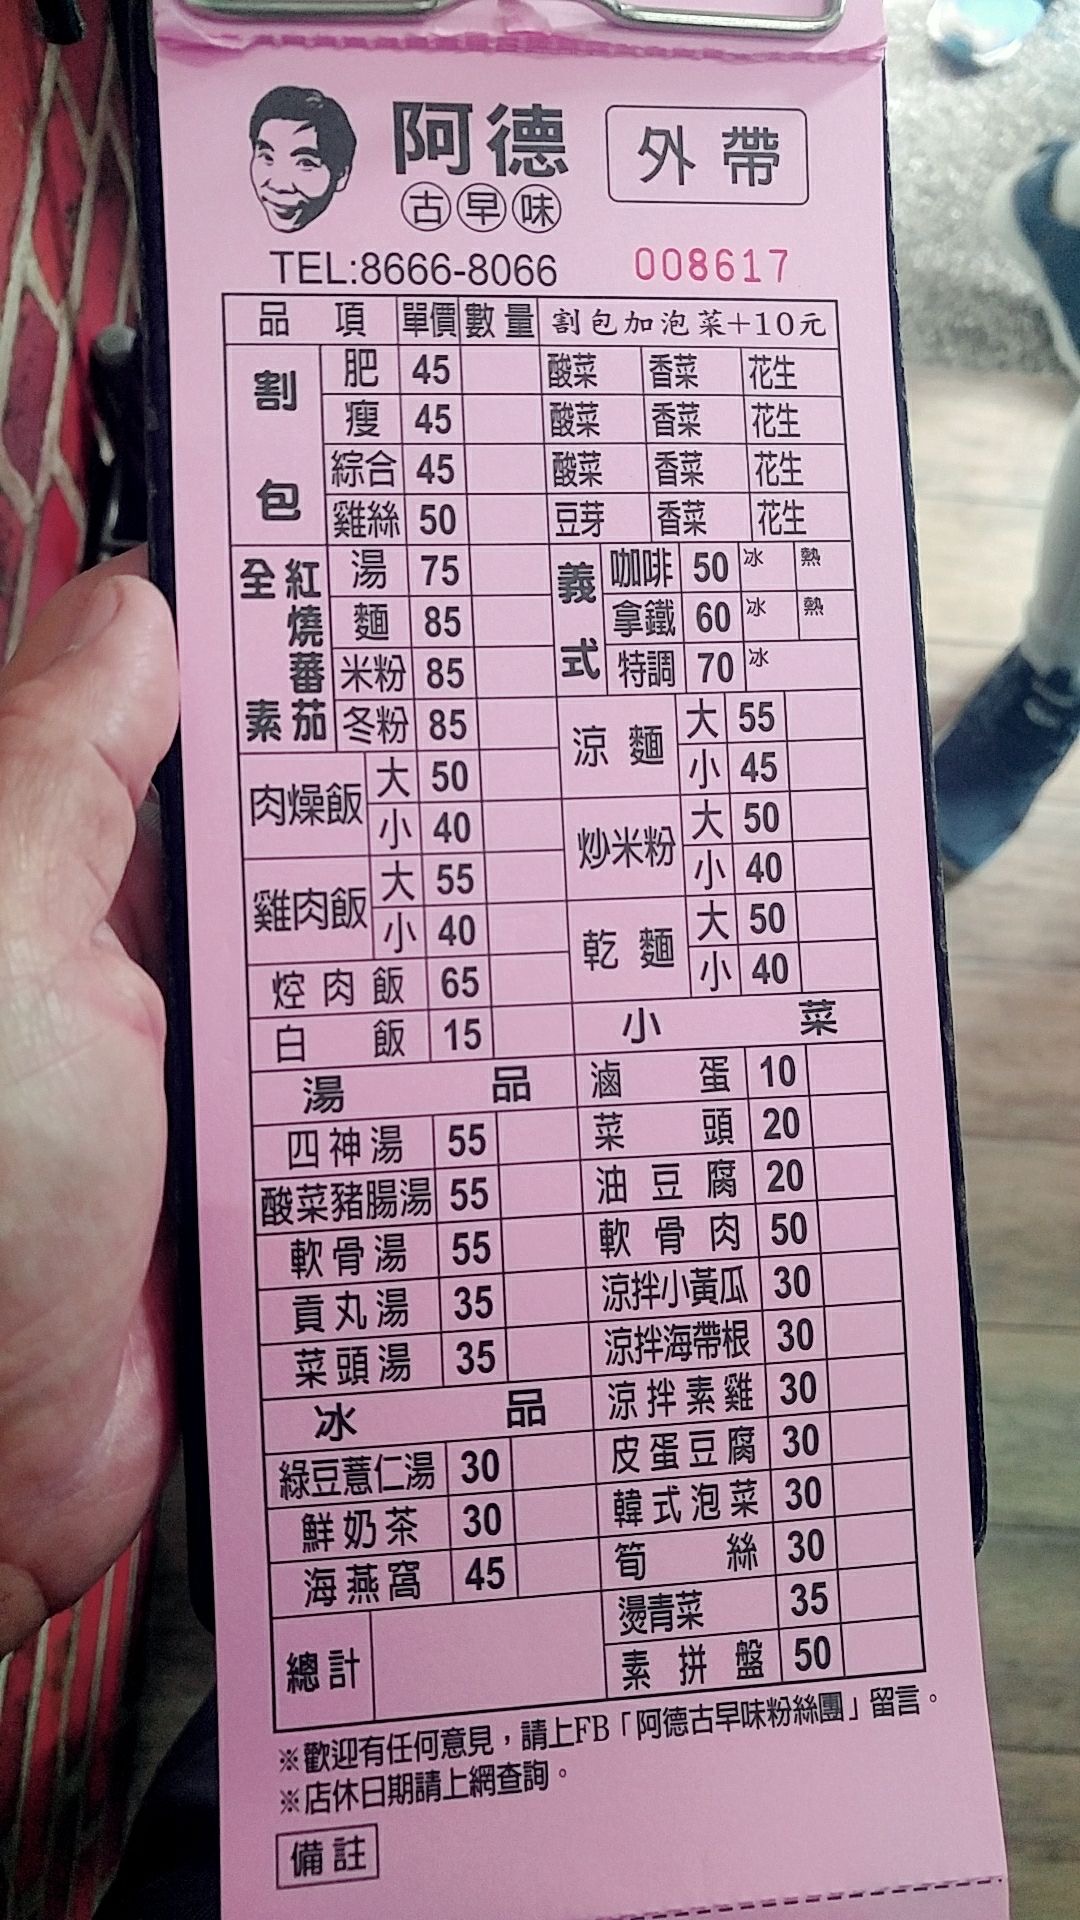
餐廳：阿德
電話：8666-8066
菜單：
name: 肥
price: 45
name: 瘦
price: 45
name: 綜合
price: 45
name: 雞絲
price: 50
name: 全紅湯
price: 75
name: 燒麵
price: 85
name: 米粉
price: 85
name: 冬粉
price: 85
name: 肉燥飯 大
price: 50
name: 肉燥飯 小
price: 40
name: 雞肉飯 大
price: 55
name: 雞肉飯 小
price: 40
name: 控肉飯
price: 65
name: 白飯
price: 15
name: 咖啡
price: 50
name: 拿鐵
price: 60
name: 特調
price: 70
name: 涼麵 大
price: 55
name: 涼麵 小
price: 45
name: 炒米粉 大
price: 50
name: 炒米粉 小
price: 40
name: 乾麵 大
price: 50
name: 乾麵 小
price: 40
name: 四神湯
price: 55
name: 酸菜豬腸湯
price: 55
name: 軟骨湯
price: 55
name: 貢丸湯
price: 35
name: 菜頭湯
price: 35
name: 綠豆薏仁湯
price: 30
name: 鮮奶茶
price: 30
name: 海燕窩
price: 45
name: 滷蛋
price: 10
name: 菜頭
price: 20
name: 油豆腐
price: 20
name: 軟骨肉
price: 50
name: 涼拌小黃瓜
price: 30
name: 涼拌海帶根
price: 30
name: 涼拌素雞
price: 30
name: 皮蛋豆腐
price: 30
name: 韓式泡菜
price: 30
name: 筍絲
price: 30
name: 燙青菜
price: 35
name: 素拼盤
price: 50